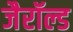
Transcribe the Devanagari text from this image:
जैरॉल्ड